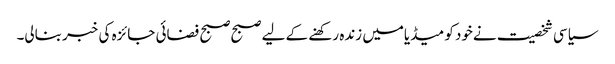
سیاسی شخصیت نےخود کو میڈیامیں زنده رکھنے کے لیے صبح صبح فضائی جائزه کی خبر بنالی۔